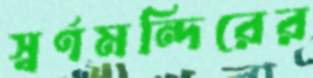
স্বর্ণমন্দিরের